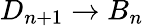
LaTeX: D_{n+1}\to B_{n}